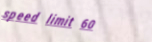
speed limit 60